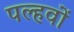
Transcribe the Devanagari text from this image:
पल्हवों